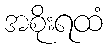
အစိုးရထံ